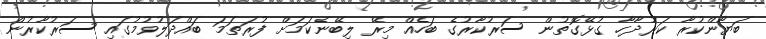
ބަޔާންކުރާ ކަރުދާހާ ގުޅޭގޮތުން ސަރުކާރުގެ ބަހެއް މިރޭ ލިބޭނެކަމަށް ފުރަތަމަ ބައްދަލުވުމުގައި ސަރުކާރުން